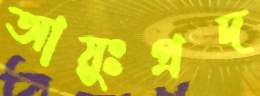
আয়ুঃপ্রদ